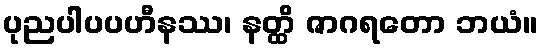
ပုညပါပပဟီနဿ၊ နတ္ထိ ဇာဂရတော ဘယံ။